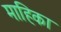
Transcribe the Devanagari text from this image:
माहिका